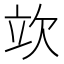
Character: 𣢦